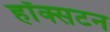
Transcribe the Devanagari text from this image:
हॉक्सटन